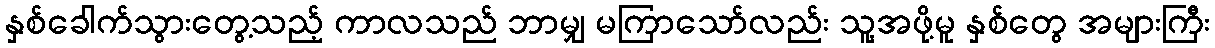
နှစ်ခေါက်သွားတွေ့သည့် ကာလသည် ဘာမျှ မကြာသော်လည်း သူ့အဖို့မူ နှစ်တွေ အများကြီး